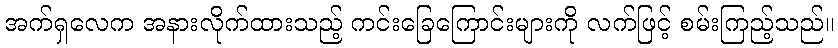
အက်ရှလေက အနားလိုက်ထားသည့် ကင်းခြေကြောင်းများကို လက်ဖြင့် စမ်းကြည့်သည်။